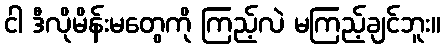
ငါ ဒီလိုမိန်းမတွေကို ကြည့်လဲ မကြည့်ချင်ဘူး။